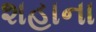
શહાના